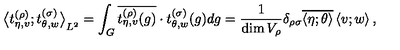
{ \bigl < t _ { \eta , v } ^ { ( \rho ) } ; t _ { \theta , w } ^ { ( \sigma ) } \bigr > } _ { L ^ { 2 } } = \int _ { G } \overline { { t _ { \eta , v } ^ { ( \rho ) } ( g ) } } \cdot t _ { \theta , w } ^ { ( \sigma ) } ( g ) d g = \frac { 1 } { \dim V _ { \rho } } \delta _ { \rho \sigma } \overline { { \left< \eta ; \theta \right> } } \left< v ; w \right> ,